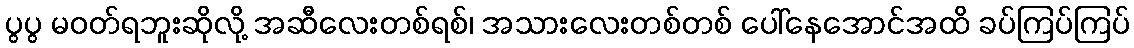
ပွပွ မဝတ်ရဘူးဆိုလို့ အဆီလေးတစ်ရစ်၊ အသားလေးတစ်တစ် ပေါ်နေအောင်အထိ ခပ်ကြပ်ကြပ်